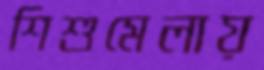
শিশুমেলায়